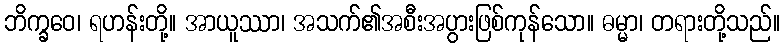
ဘိက္ခဝေ၊ ရဟန်းတို့။ အာယူဿာ၊ အသက်၏အစီးအပွားဖြစ်ကုန်သော။ ဓမ္မာ၊ တရားတို့သည်။